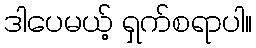
ဒါပေမယ့် ရှက်စရာပါ။